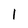
Character: 1